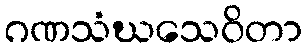
ဂဏသံဃသေဝိတာ